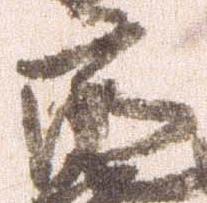
亮